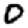
Digit: 0